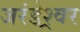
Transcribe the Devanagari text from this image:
जरंडेश्र्वर